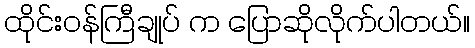
ထိုင်းဝန်ကြီချုပ် က ပြောဆိုလိုက်ပါတယ်။